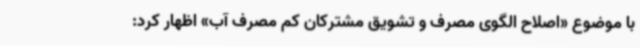
با موضوع «اصلاح الگوی مصرف و تشویق مشترکان کم مصرف آب» اظهار کرد: